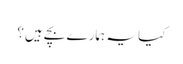
کیا یہ ہمارے بچے ہیں؟